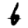
Digit: 6